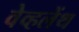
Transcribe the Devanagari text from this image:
वेव्हलेंथ